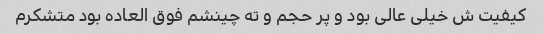
کیفیت ش خیلی عالی بود و پر حجم و ته چینشم فوق العاده بود متشکرم